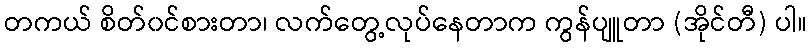
တကယ် စိတ်၀င်စားတာ၊ လက်တွေ့လုပ်နေတာက ကွန်ပျူတာ (အိုင်တီ) ပါ။